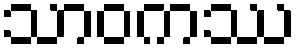
သာဝကဿ